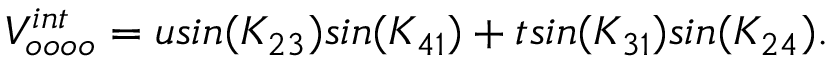
V _ { o o o o } ^ { i n t } = u s i n ( K _ { 2 3 } ) s i n ( K _ { 4 1 } ) + t s i n ( K _ { 3 1 } ) s i n ( K _ { 2 4 } ) .